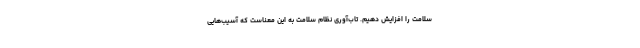
سلامت را افزایش دهیم. تاب‌آوری نظام سلامت به این‌ معناست که آسیب‌هایی